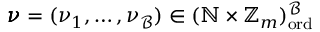
\pmb { \nu } = ( \nu _ { 1 } , \dots , \nu _ { \mathcal { B } } ) \in ( \mathbb { N } \times \mathbb { Z } _ { m } ) _ { \mathrm { o r d } } ^ { \mathcal { B } }